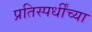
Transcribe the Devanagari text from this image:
प्रतिस्पर्धींच्या